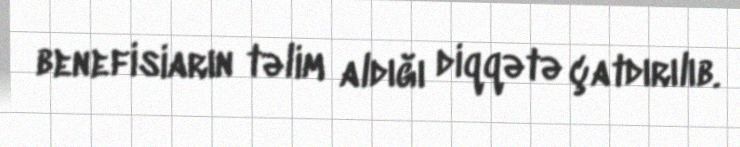
benefisiarın təlim aldığı diqqətə çatdırılıb.